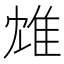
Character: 䧵